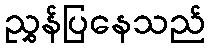
ညွှန်ပြနေသည်